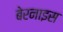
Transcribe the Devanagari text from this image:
बेरनाइस